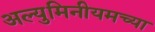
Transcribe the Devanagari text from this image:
अल्युमिनीयमच्या